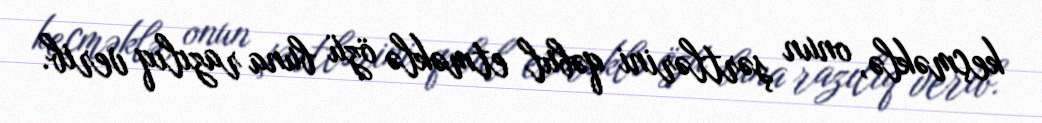
keçməklə, onun şərtlərini qəbul etməklə özü buna razılıq verib.